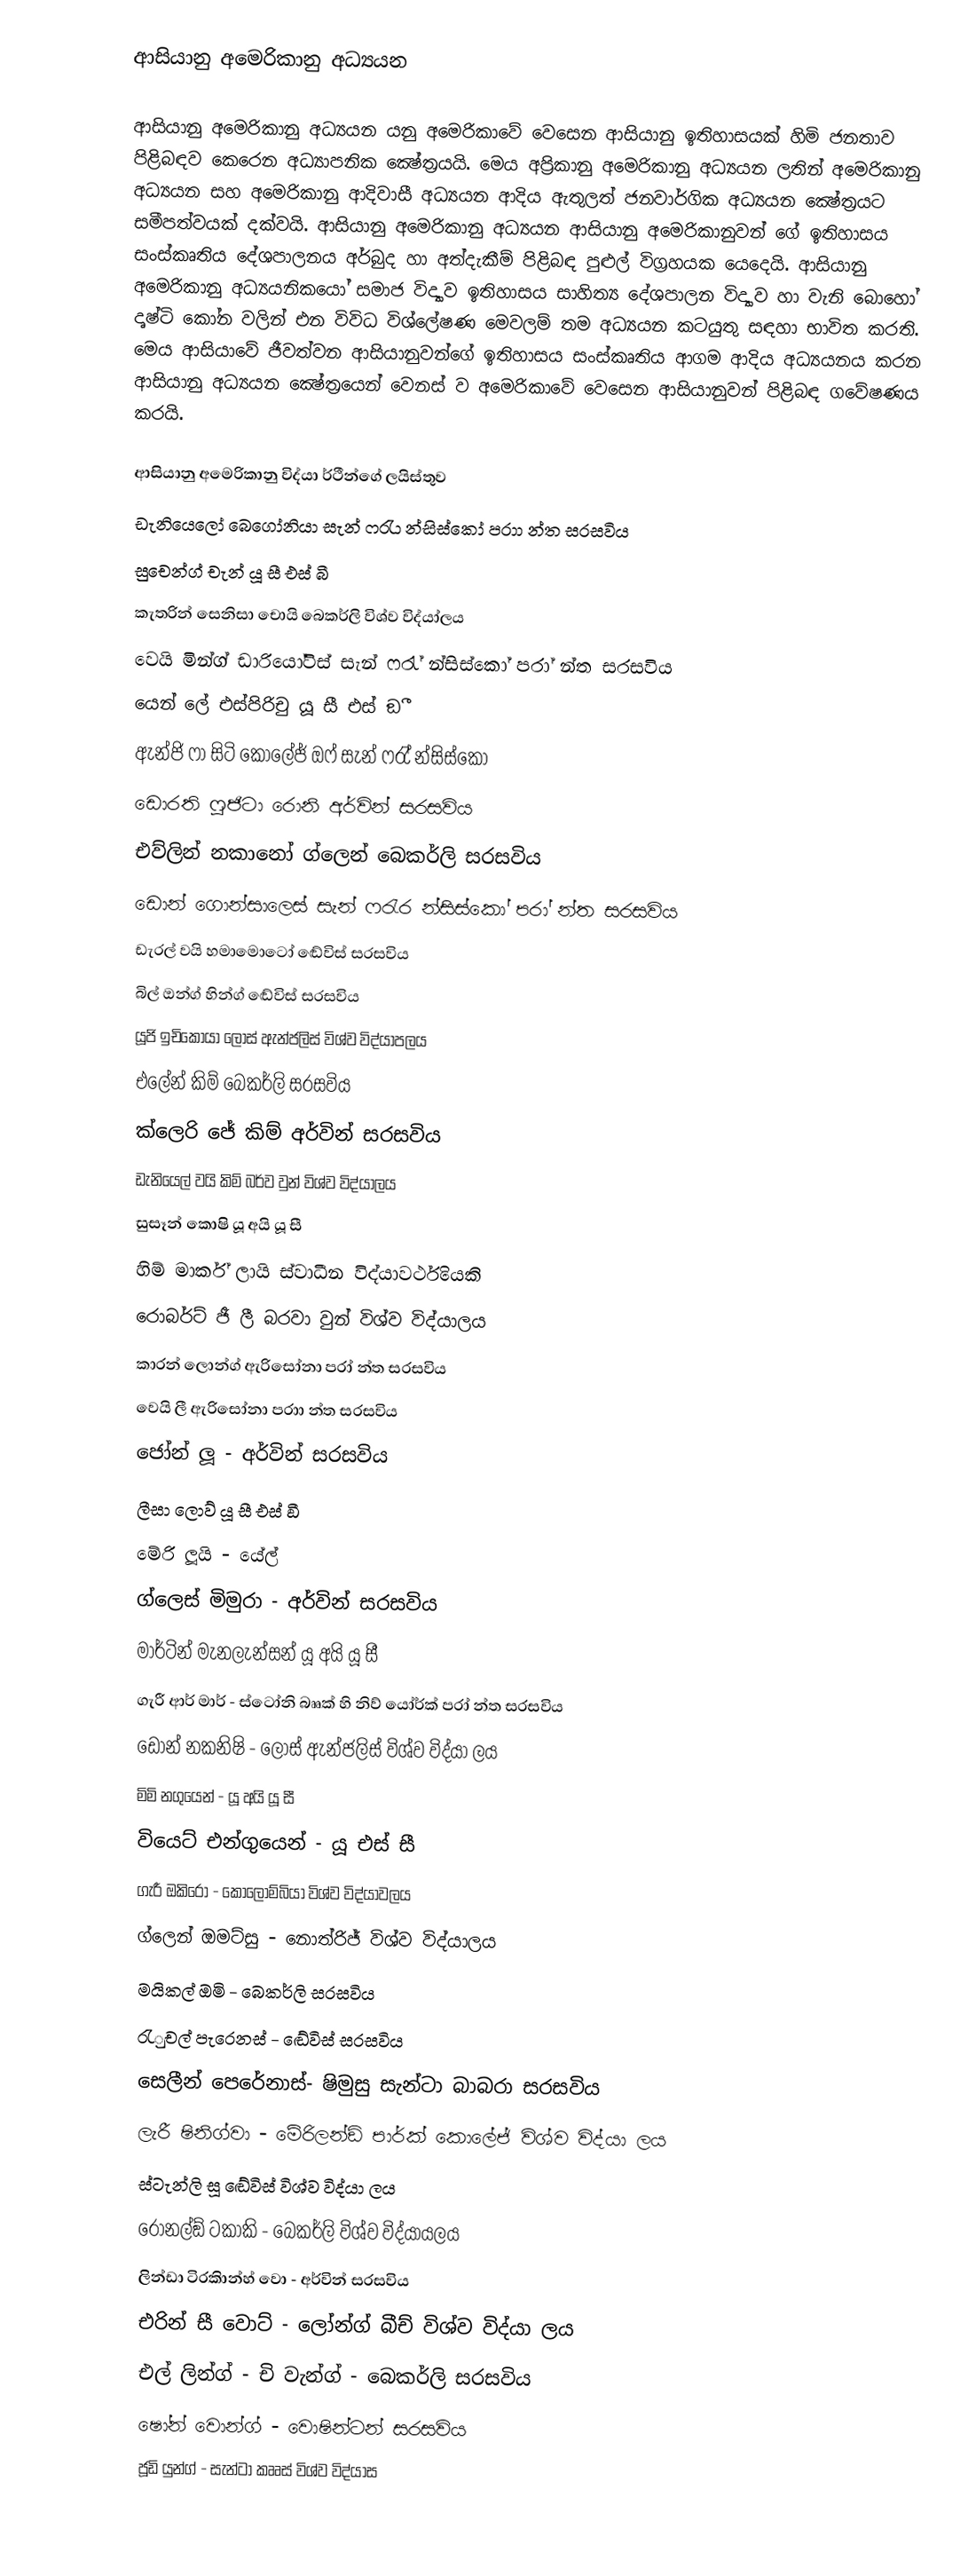
ආසියානු අමෙරිකානු අධ්‍යයන

ආසියානු අමෙරිකානු අධ්‍යයන යනු අමෙරිකාවේ වෙසෙන ආසියානු ඉතිහාසයක් හිමි ජනතාව පිළිබඳව කෙරෙන අධ්‍යාපනික ක්‍ෂේත‍්‍රයයි. මෙය අප‍්‍රිකානු අමෙරිකානු අධ්‍යයන ලතින් අමෙරිකානු අධ්‍යයන සහ අමෙරිකානු ආදිවාසී අධ්‍යයන ආදිය ඇතුලත් ජනවාර්ගික අධ්‍යයන ක්‍ෂේත‍්‍රයට සමීපත්වයක් දක්වයි. ආසියානු අමෙරිකානු අධ්‍යයන ආසියානු අමෙරිකානුවන් ගේ ඉතිහාසය සංස්කෘතිය දේශපාලනය අර්බුද හා අත්දැකීම් පිළිබඳ පුළුල් විග‍්‍රහයක යෙදෙයි. ආසියානු අමෙරිකානු අධ්‍යයනිකයෝ සමාජ විද්‍යාව ඉතිහාසය සාහිත්‍ය දේශපාලන විද්‍යාව හා  වැනි බොහෝ දෘෂ්ටි කෝන වලින් එන විවිධ විශ්ලේෂණ මෙවලම් තම අධ්‍යයන කටයුතු සඳහා භාවිත කරති. මෙය ආසියාවේ ජීවත්වන ආසියානුවන්ගේ ඉතිහාසය සංස්කෘතිය ආගම ආදිය අධ්‍යයනය කරන ආසියානු අධ්‍යයන ක්‍ෂේත‍්‍රයෙන් වෙනස් ව අමෙරිකාවේ වෙසෙන ආසියානුවන් පිළිබඳ ගවේෂණය කරයි.

ආසියානු අමෙරිකානු විද්යා ර්ථීන්ගේ ලයිස්තුව
ඩැනියෙලෝ බෙගෝනියා සැන් ෆරැා  න්සිස්කෝ පරාා  න්ත සරසවිය
 සුචෙන්ග් චැන් යූ සී එස් බී
 කැතරින් සෙනිසා චොයි බෙකර්ලි විශ්ව විද්යා්ලය
 වෙයි මින්ග් ඩාරියෝටිස් සැන් ෆරැ්  න්සිස්කෝ පරා්  න්ත සරසවිය
 යෙන් ලේ එස්පිරිචු යූ සී එස් ඞී
 ඇන්ජි ෆා සිටි කොලේජ් ඔෆ් සැන් ෆරැ්  න්සිස්කෝ
 ඩොරති ෆුජිටා රොනි අර්වින් සරසවිය
 එව්ලින් නකානෝ ග්ලෙන් බෙකර්ලි සරසවිය
 ඩොන් ගොන්සාලෙස් සැන් ෆරැර  න්සිස්කෝ පරා්  න්ත සරසවිය
 ඩැරල් වයි හමාමොටෝ ඬේවිස් සරසවිය
 බිල් ඔන්ග් හින්ග් ඬේවිස් සරසවිය
 යූජි ඉචිකෝයා ලොස් ඇන්ජලිස් විශ්ව විද්යාපලය
 එලේන් කිම් බෙකර්ලි සරසවිය
 ක්ලෙරි ජේ කිම් අර්වින් සරසවිය
 ඩැනියෙල් වයි කිම් බර්ව වුන් විශ්ව විද්යා‍ලය
 සුසෑන් කොෂි යූ අයි යූ සී
 හිම් මාර්ක් ලායි ස්වාධීන විද්යාවර්ථියෙකි
 රොබර්ට් ජී ලී බරවා වුන් විශ්ව විද්යා‍ලය
 කාරන් ලොන්ග් ඇරිසෝනා පරා්  න්ත සරසවිය
 වෙයි ලී ඇරිසෝනා පරාා  න්ත සරසවිය
 ජෝන් ලූ - අර්වින් සරසවිය
 ලීසා ලොව් යූ සී එස් ඞී
 මේරි ලූයි - යේල්
 ග්ලෙස් මිමුරා - අර්වින් සරසවිය
 මාර්ටින් මැනලැන්සන් යූ අයි යූ සී
 ගැරී ආර් මාර් - ස්ටෝනි බෲක් හි නිව් යෝර්ක් පරා්  න්ත සරසවිය
 ඩොන් නකනිෂි - ලොස් ඇන්ජලිස් විශ්ව විද්යා ලය
 මිමි නගුයෙන් - යූ අයි යූ සී
 වියෙට් එන්ගුයෙන් - යූ එස් සී
 ගැරී ඔකිරෝ - කොලොම්බියා විශ්ව විද්යාවලය
 ග්ලෙන් ඔමට්සු - නොත්රිජ් විශ්ව විද්යා‍ලය
 මයිකල් ඔමි - බෙකර්ලි සරසවිය
 රැුචල් පැරෙනස් - ඬේවිස් සරසවිය
 සෙලීන් පෙරේනාස්- ෂිමුසු සැන්ටා බාබරා සරසවිය
 ලැරී ෂිනිග්වා  - මේරිලන්ඞ් පාර්ක් කොලේජ් විශ්ව විද්යා ලය
 ස්ටැන්ලි සූ ඬේවිස් විශ්ව විද්යා ලය
 රොනල්ඞ් ටකාකි - බෙකර්ලි විශ්ව විද්යායලය
 ලින්ඩා ටිරකිාන්හ් වො - අර්වින් සරසවිය
 එරින් සී වොට් - ලෝන්ග් බීච් විශ්ව විද්යා ලය
 එල් ලින්ග් - චි වැන්ග් - බෙකර්ලි සරසවිය
 ෂෝන් වොන්ග් - වොෂින්ටන් සරසවිය
 ජූඩි යුන්ග් - සැන්ටා කෲස් විශ්ව විද්යාස